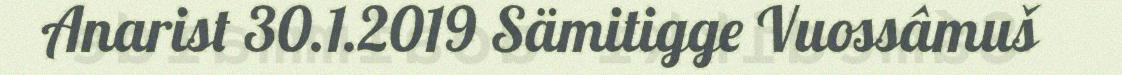
Anarist 30.1.2019 Sämitigge Vuossâmuš